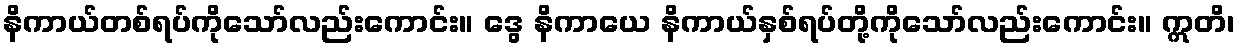
နိကာယ်တစ်ရပ်ကိုသော်လည်းကောင်း။ ဒွေ နိကာယေ နိကာယ်နှစ်ရပ်တို့ကိုသော်လည်းကောင်း။ ဣတိ၊